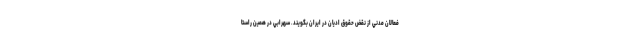
فعالان مدني از نقض حقوق اديان در ايران بگويند. سهرابي در همين راستا